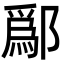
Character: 鄬